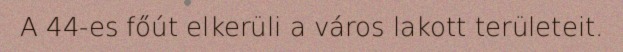
A 44-es főút elkerüli a város lakott területeit.